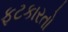
ફટકારતો